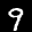
Label: 9